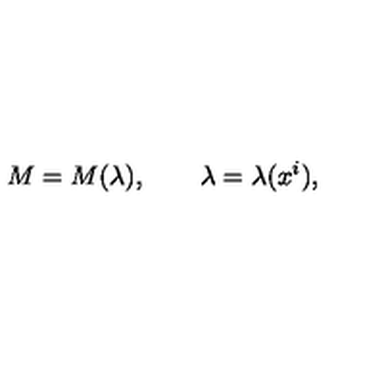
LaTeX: M = M ( \lambda ) , \qquad \lambda = \lambda ( x ^ { i } ) ,